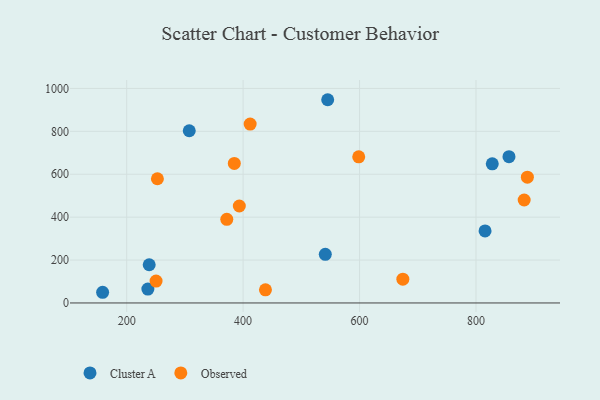
{"axis": {"x": "Engine Size", "y": "Fuel Efficiency"}, "legend": ["Cluster A", "Observed"], "data": [{"x": "545.3", "y": 947.4, "type": "Cluster A"}, {"x": "815.6", "y": 336.0, "type": "Cluster A"}, {"x": "158.7", "y": 49.8, "type": "Cluster A"}, {"x": "828.0", "y": 648.8, "type": "Cluster A"}, {"x": "236.4", "y": 64.6, "type": "Cluster A"}, {"x": "856.7", "y": 681.8, "type": "Cluster A"}, {"x": "307.5", "y": 802.7, "type": "Cluster A"}, {"x": "238.7", "y": 178.2, "type": "Cluster A"}, {"x": "541.2", "y": 226.6, "type": "Cluster A"}, {"x": "252.8", "y": 579.1, "type": "Observed"}, {"x": "412.1", "y": 833.7, "type": "Observed"}, {"x": "250.5", "y": 102.1, "type": "Observed"}, {"x": "384.9", "y": 650.4, "type": "Observed"}, {"x": "674.4", "y": 111.1, "type": "Observed"}, {"x": "438.4", "y": 61.2, "type": "Observed"}, {"x": "372.0", "y": 389.9, "type": "Observed"}, {"x": "393.5", "y": 452.0, "type": "Observed"}, {"x": "882.8", "y": 480.0, "type": "Observed"}, {"x": "888.3", "y": 586.5, "type": "Observed"}, {"x": "598.6", "y": 681.2, "type": "Observed"}]}